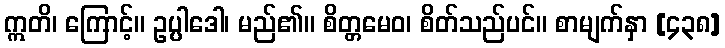
ဣတိ၊ ကြောင့်။ ဥပ္ပါဒေါ၊ မည်၏။ စိတ္တမေဝ၊ စိတ်သည်ပင်။ စာမျက်နှာ [၄၃၈]